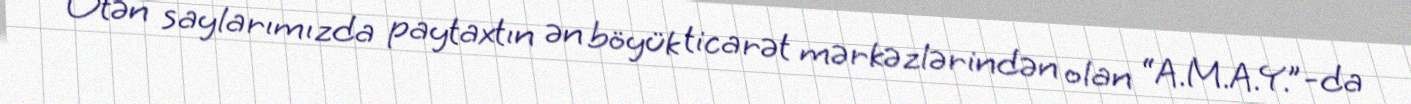
Ötən saylarımızda paytaxtın ən böyük ticarət mərkəzlərindən olan “A.M.A.Y.”-da